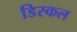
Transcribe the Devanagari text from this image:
डिस्कल